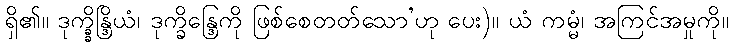
ရှိ၏။ ဒုက္ခ္ခိန္ဒြိယံ၊ ဒုက္ခိန္ဒြေကို ဖြစ်စေတတ်သော’ဟု ပေး)။ ယံ ကမ္မံ၊ အကြင်အမှုကို။